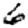
Digit: 6